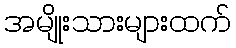
အမျိုးသားများထက်